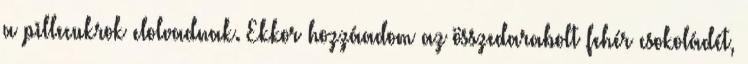
a pillecukrok elolvadnak. Ekkor hozzáadom az összedarabolt fehér csokoládét,